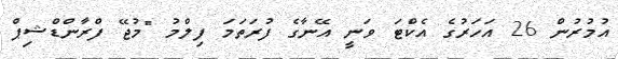
އުމުރުން 26 އަހަރުގެ އެކްޓަ ވަނީ އޭނާގެ ފުރަތަމަ ފިލްމު "މުޖޭ ފްރާންޑްޝިޕް